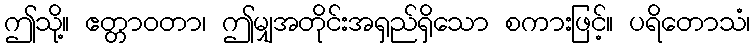
ဤသို့။ ဧတ္တာဝတာ၊ ဤမျှအတိုင်းအရှည်ရှိသော စကားဖြင့်။ ပရိတောသံ၊